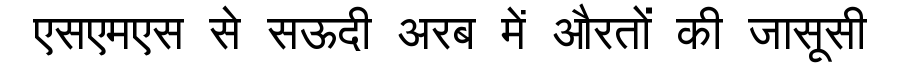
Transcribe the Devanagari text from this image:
एसएमएस से सऊदी अरब में औरतों की जासूसी